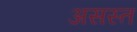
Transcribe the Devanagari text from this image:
असस्त